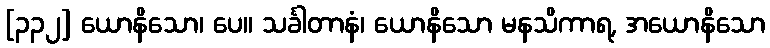
[၃၃၂] ယောနိသော၊ ပေ။ သင်္ခါတာနံ၊ ယောနိသော မနသိကာရ, အယောနိသော